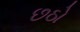
છઠો